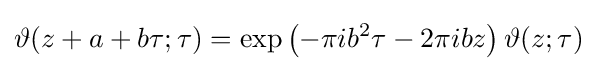
\vartheta (z+a+b\tau ;\tau )=\exp \left(-\pi ib^{2}\tau -2\pi ibz\right)\vartheta (z;\tau )